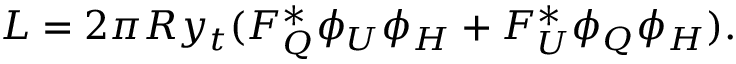
{ \cal L } = 2 \pi R y _ { t } ( F _ { Q } ^ { * } \phi _ { U } \phi _ { H } + F _ { U } ^ { * } \phi _ { Q } \phi _ { H } ) .